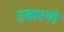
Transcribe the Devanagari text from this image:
उकरणे